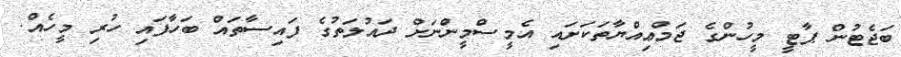
ބަޖެޓުން ޕާޓީ މީހުންގެ ޖަމްޢިއްޔާތަކަށައި އެމީސްމީންުނަށް ދައުލަތުގެ ފައިސާތައް ބަހާފައި ހުރި މީހެއް.